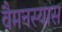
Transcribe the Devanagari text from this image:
वैमनस्यास